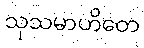
သုသမာဟိတေ